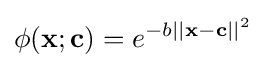
\phi (\mathbf {x} ;\mathbf {c} )=e^{-b||\mathbf {x} -\mathbf {c} ||^{2}}